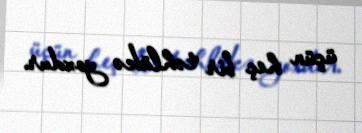
üçün heç bir təhlükə yoxdur.